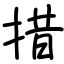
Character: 措